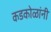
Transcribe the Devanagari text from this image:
कडकोळांनी